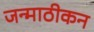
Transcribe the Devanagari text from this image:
जन्माठीकन